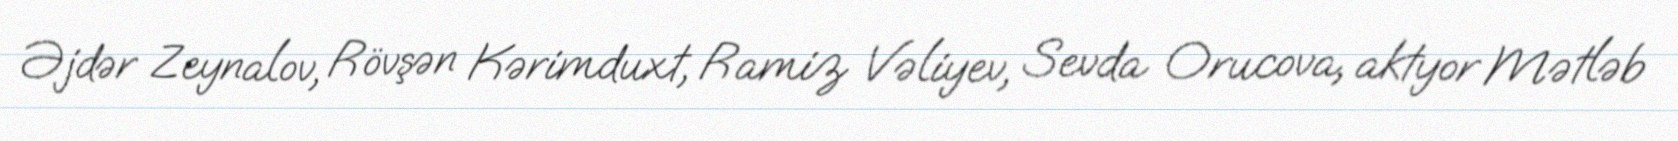
Əjdər Zeynalov, Rövşən Kərimduxt, Ramiz Vəliyev, Sevda Orucova, aktyor Mətləb